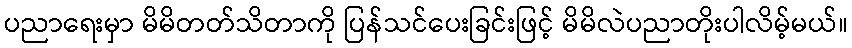
ပညာရေးမှာ မိမိတတ်သိတာကို ပြန်သင်ပေးခြင်းဖြင့် မိမိလဲပညာတိုးပါလိမ့်မယ်။